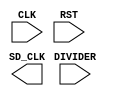
module sd_clock_divider (
  input wire CLK,
  input  [7:0] DIVIDER,
  input wire RST,
  output  SD_CLK 
  );
  
  reg [7:0] ClockDiv;
  reg SD_CLK_O;
`ifdef SYN
  `ifdef ACTEL
  CLKINT CLKA
  (.A (SD_CLK_O),
   .Y (SD_CLK) 
   );
  `else
   
   assign SD_CLK = SDC_CLK_O;
  
  `endif
   
 `endif 
 
 `ifdef SIM
   assign SD_CLK = SD_CLK_O;
`endif 
 
always @ (posedge CLK or posedge RST)
begin
 if (RST) begin
    ClockDiv <=8'b0000_0000;
    SD_CLK_O  <= 0;
 end 
 else if (ClockDiv == DIVIDER )begin
    ClockDiv  <= 0;
    SD_CLK_O <=  ~SD_CLK_O;
 end else begin
    ClockDiv  <= ClockDiv + 1;
    SD_CLK_O <=  SD_CLK_O;
end
 
end
 endmodule